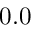
0 . 0